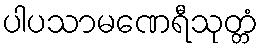
ပါပသာမဏေရီသုတ္တံ